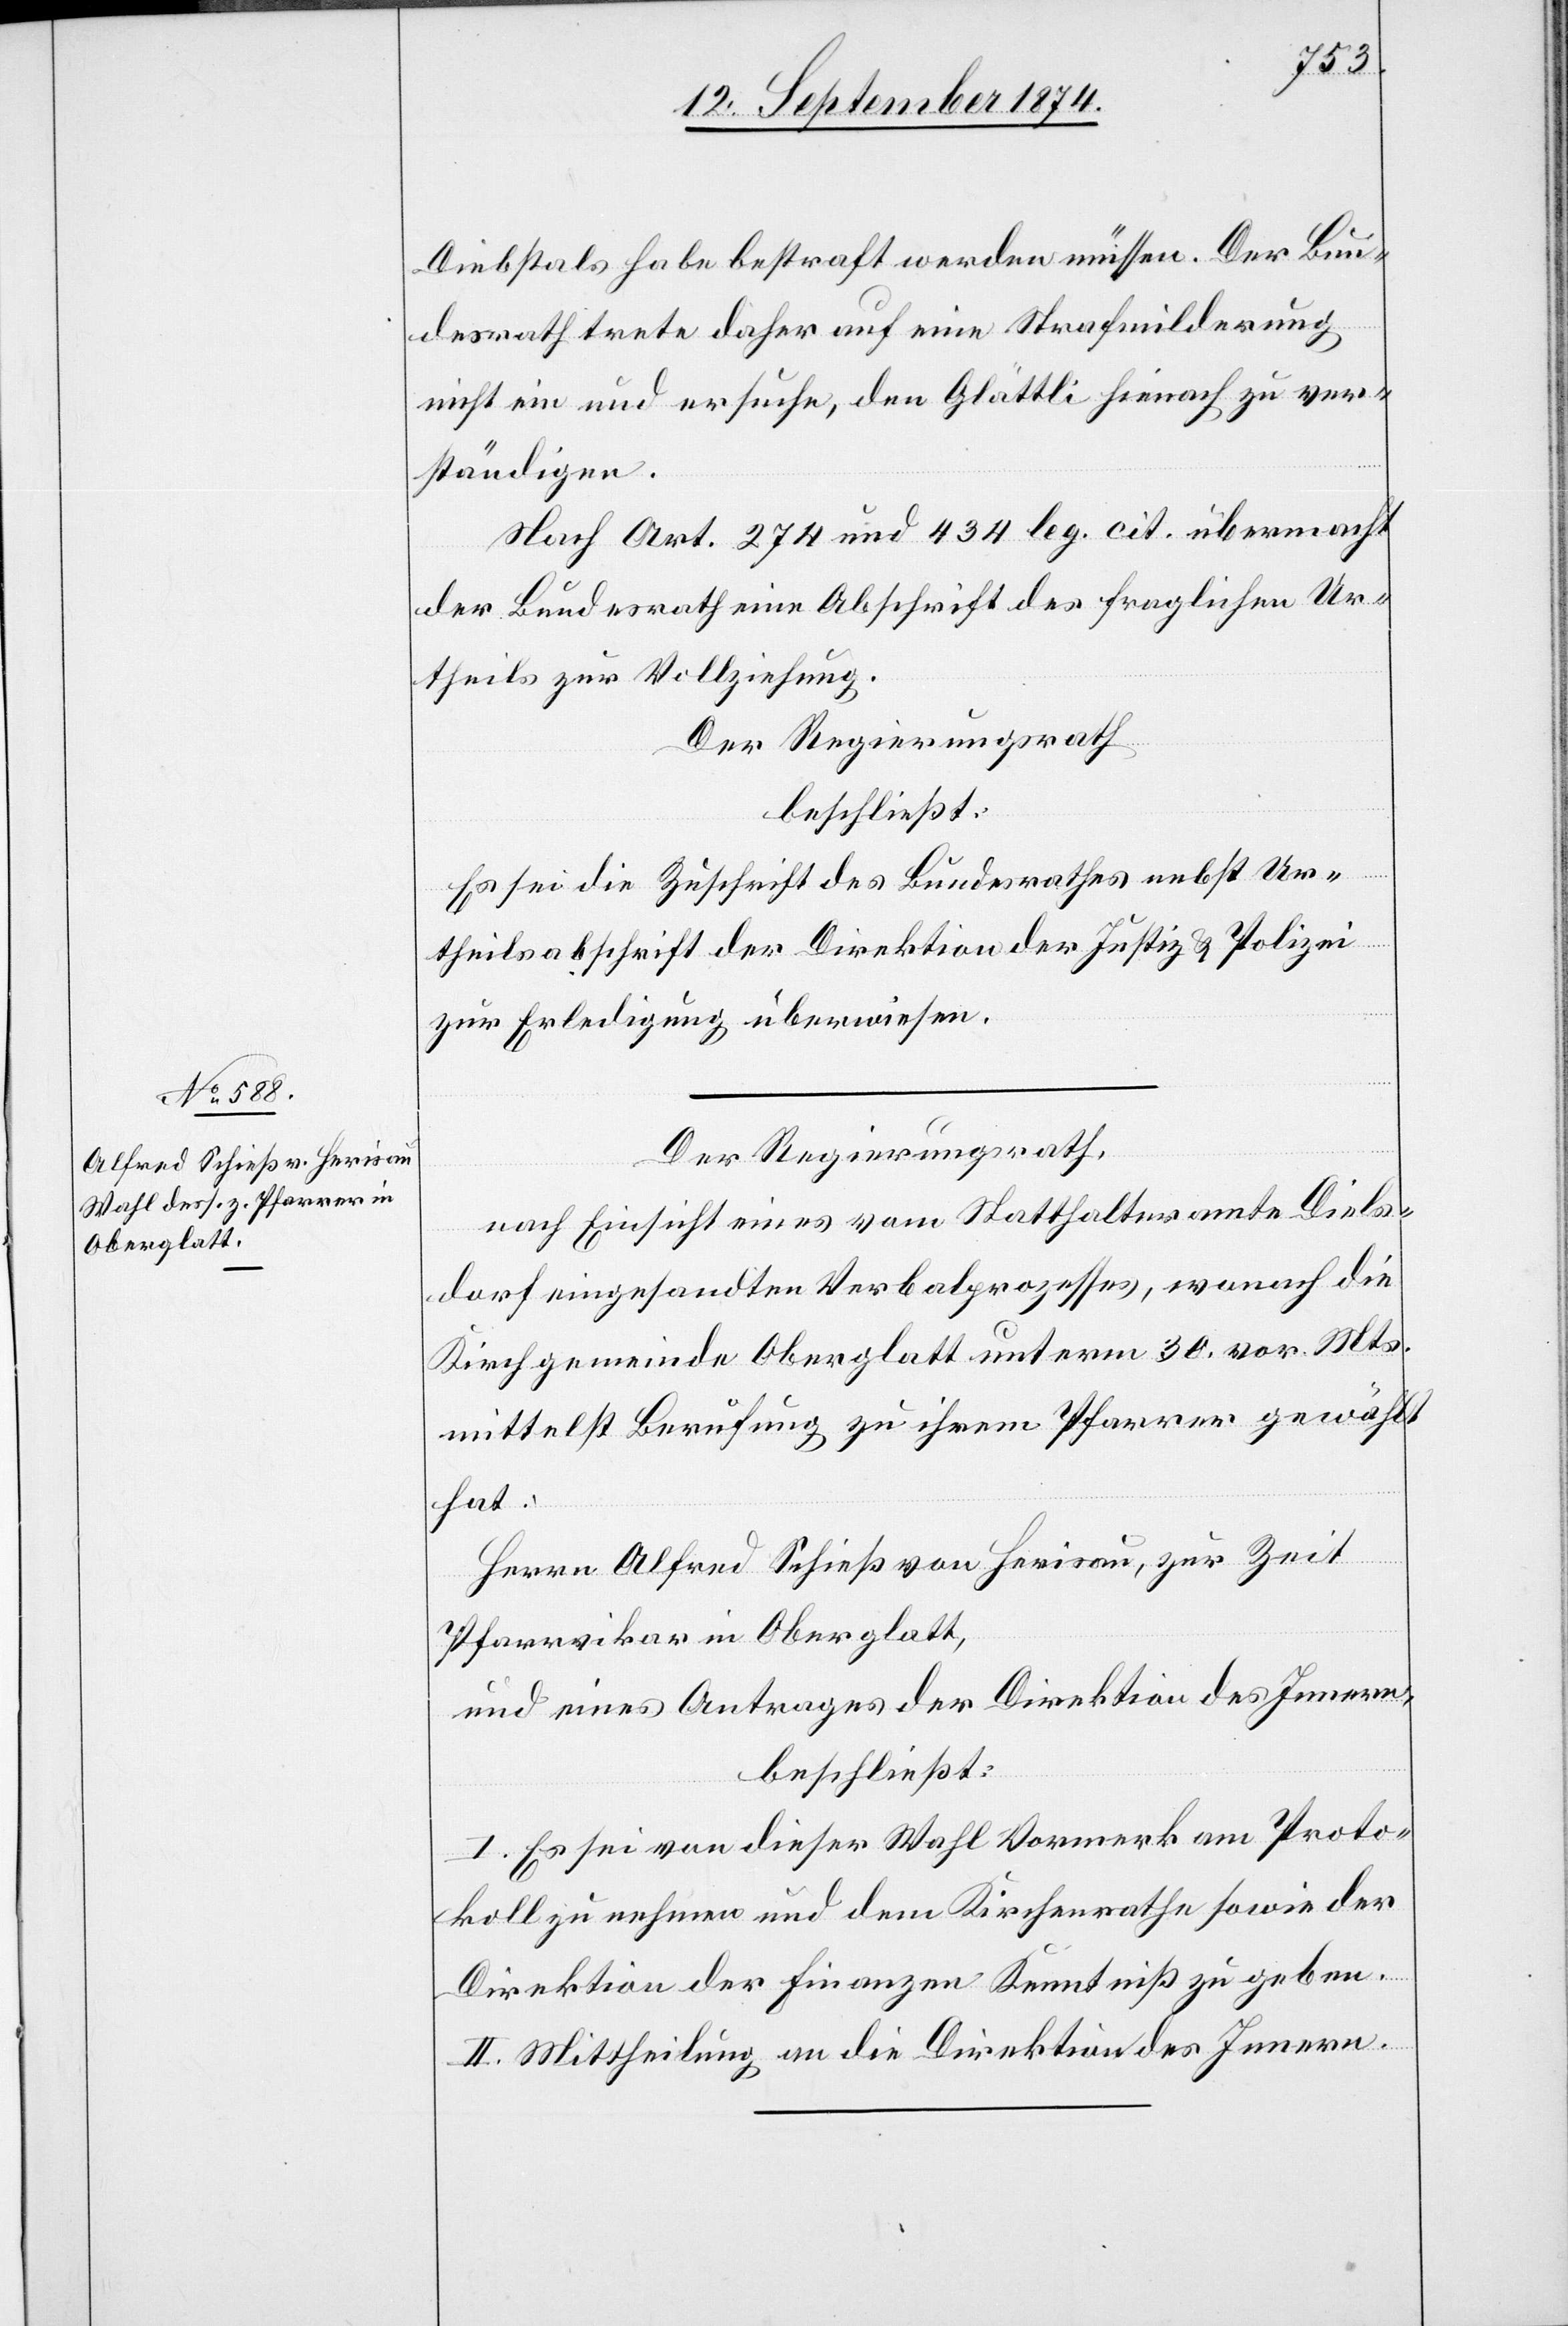
Diebstals habe bestraft werden müssen. Der Bun¬
desrath trete daher auf eine Strafmilderung
nicht ein und ersuche, den Glättli hienach zu ver¬
ständigen.
Nach Art. 274 und 434 leg. cit. übermacht
der Bundesrath eine Abschrift des fraglichen Ur¬
theils zur Vollziehung.
Der Regierungsrath
beschließt:
Es sei die Zuschrift des Bundesrathes nebst Ur¬
theilsabschrift der Direktion der Justiz u. Polizei
zur Erledigung überwiesen.
Der Regierungsrath,
nach Einsicht eines vom Statthalteramte Diels¬
dorf eingesandten Verbalprozesses, wonach die
Kirchgemeinde Oberglatt unterm 30. vor. Mts.
mittelst Berufung zu ihrem Pfarrer gewählt
hat.
Herrn Alfred Schieß von Herisau, zur Zeit
Pfarrvikar in Oberglatt,
und eines Antrages der Direktion des Innern,
beschließt:
I. Es sei von dieser Wahl Vormerk am Proto¬
koll zu nehmen und dem Kirchenrathe sowie der
Direktion der Finanzen Kenntniß zu geben.
II. Mittheilung an die Direktion des Innern.